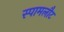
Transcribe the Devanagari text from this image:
स्पामलौट